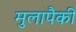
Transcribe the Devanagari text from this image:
मुलापैकी